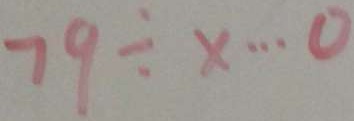
7 9 \div x \cdots 0